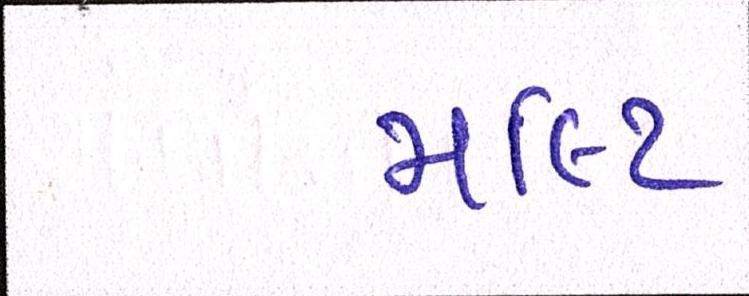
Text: મલ્ટિ